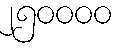
၂၅၀၀၀၀